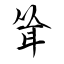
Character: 耸